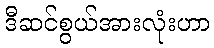
ဒီဆင်စွယ်အားလုံးဟာ